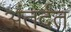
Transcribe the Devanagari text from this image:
अंतर्दत